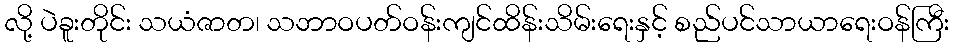
လို့ ပဲခူးတိုင်း သယံဇာတ၊ သဘာဝပတ်ဝန်းကျင်ထိန်းသိမ်းရေးနှင့် စည်ပင်သာယာရေးဝန်ကြီး